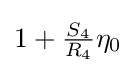
1+{\tfrac {S_{4}}{R_{4}}}\eta _{0}